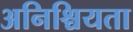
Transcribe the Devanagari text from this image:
अनिश्चियता